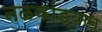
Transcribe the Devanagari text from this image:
नळकांड्यात